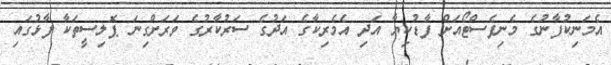
އެމަނިކުފާނުގެ މެނިފެސްޓޯއަށް ފާޑުކިޔާ އަދި އެމެރިކާގެ އަދުގެ ސަރުކާރުގެ ވަރަށްގިނަ ޕޮލިސީތަކާ ފާޅުގައި